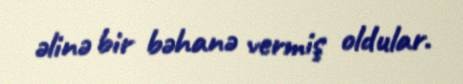
əlinə bir bəhanə vermiş oldular.